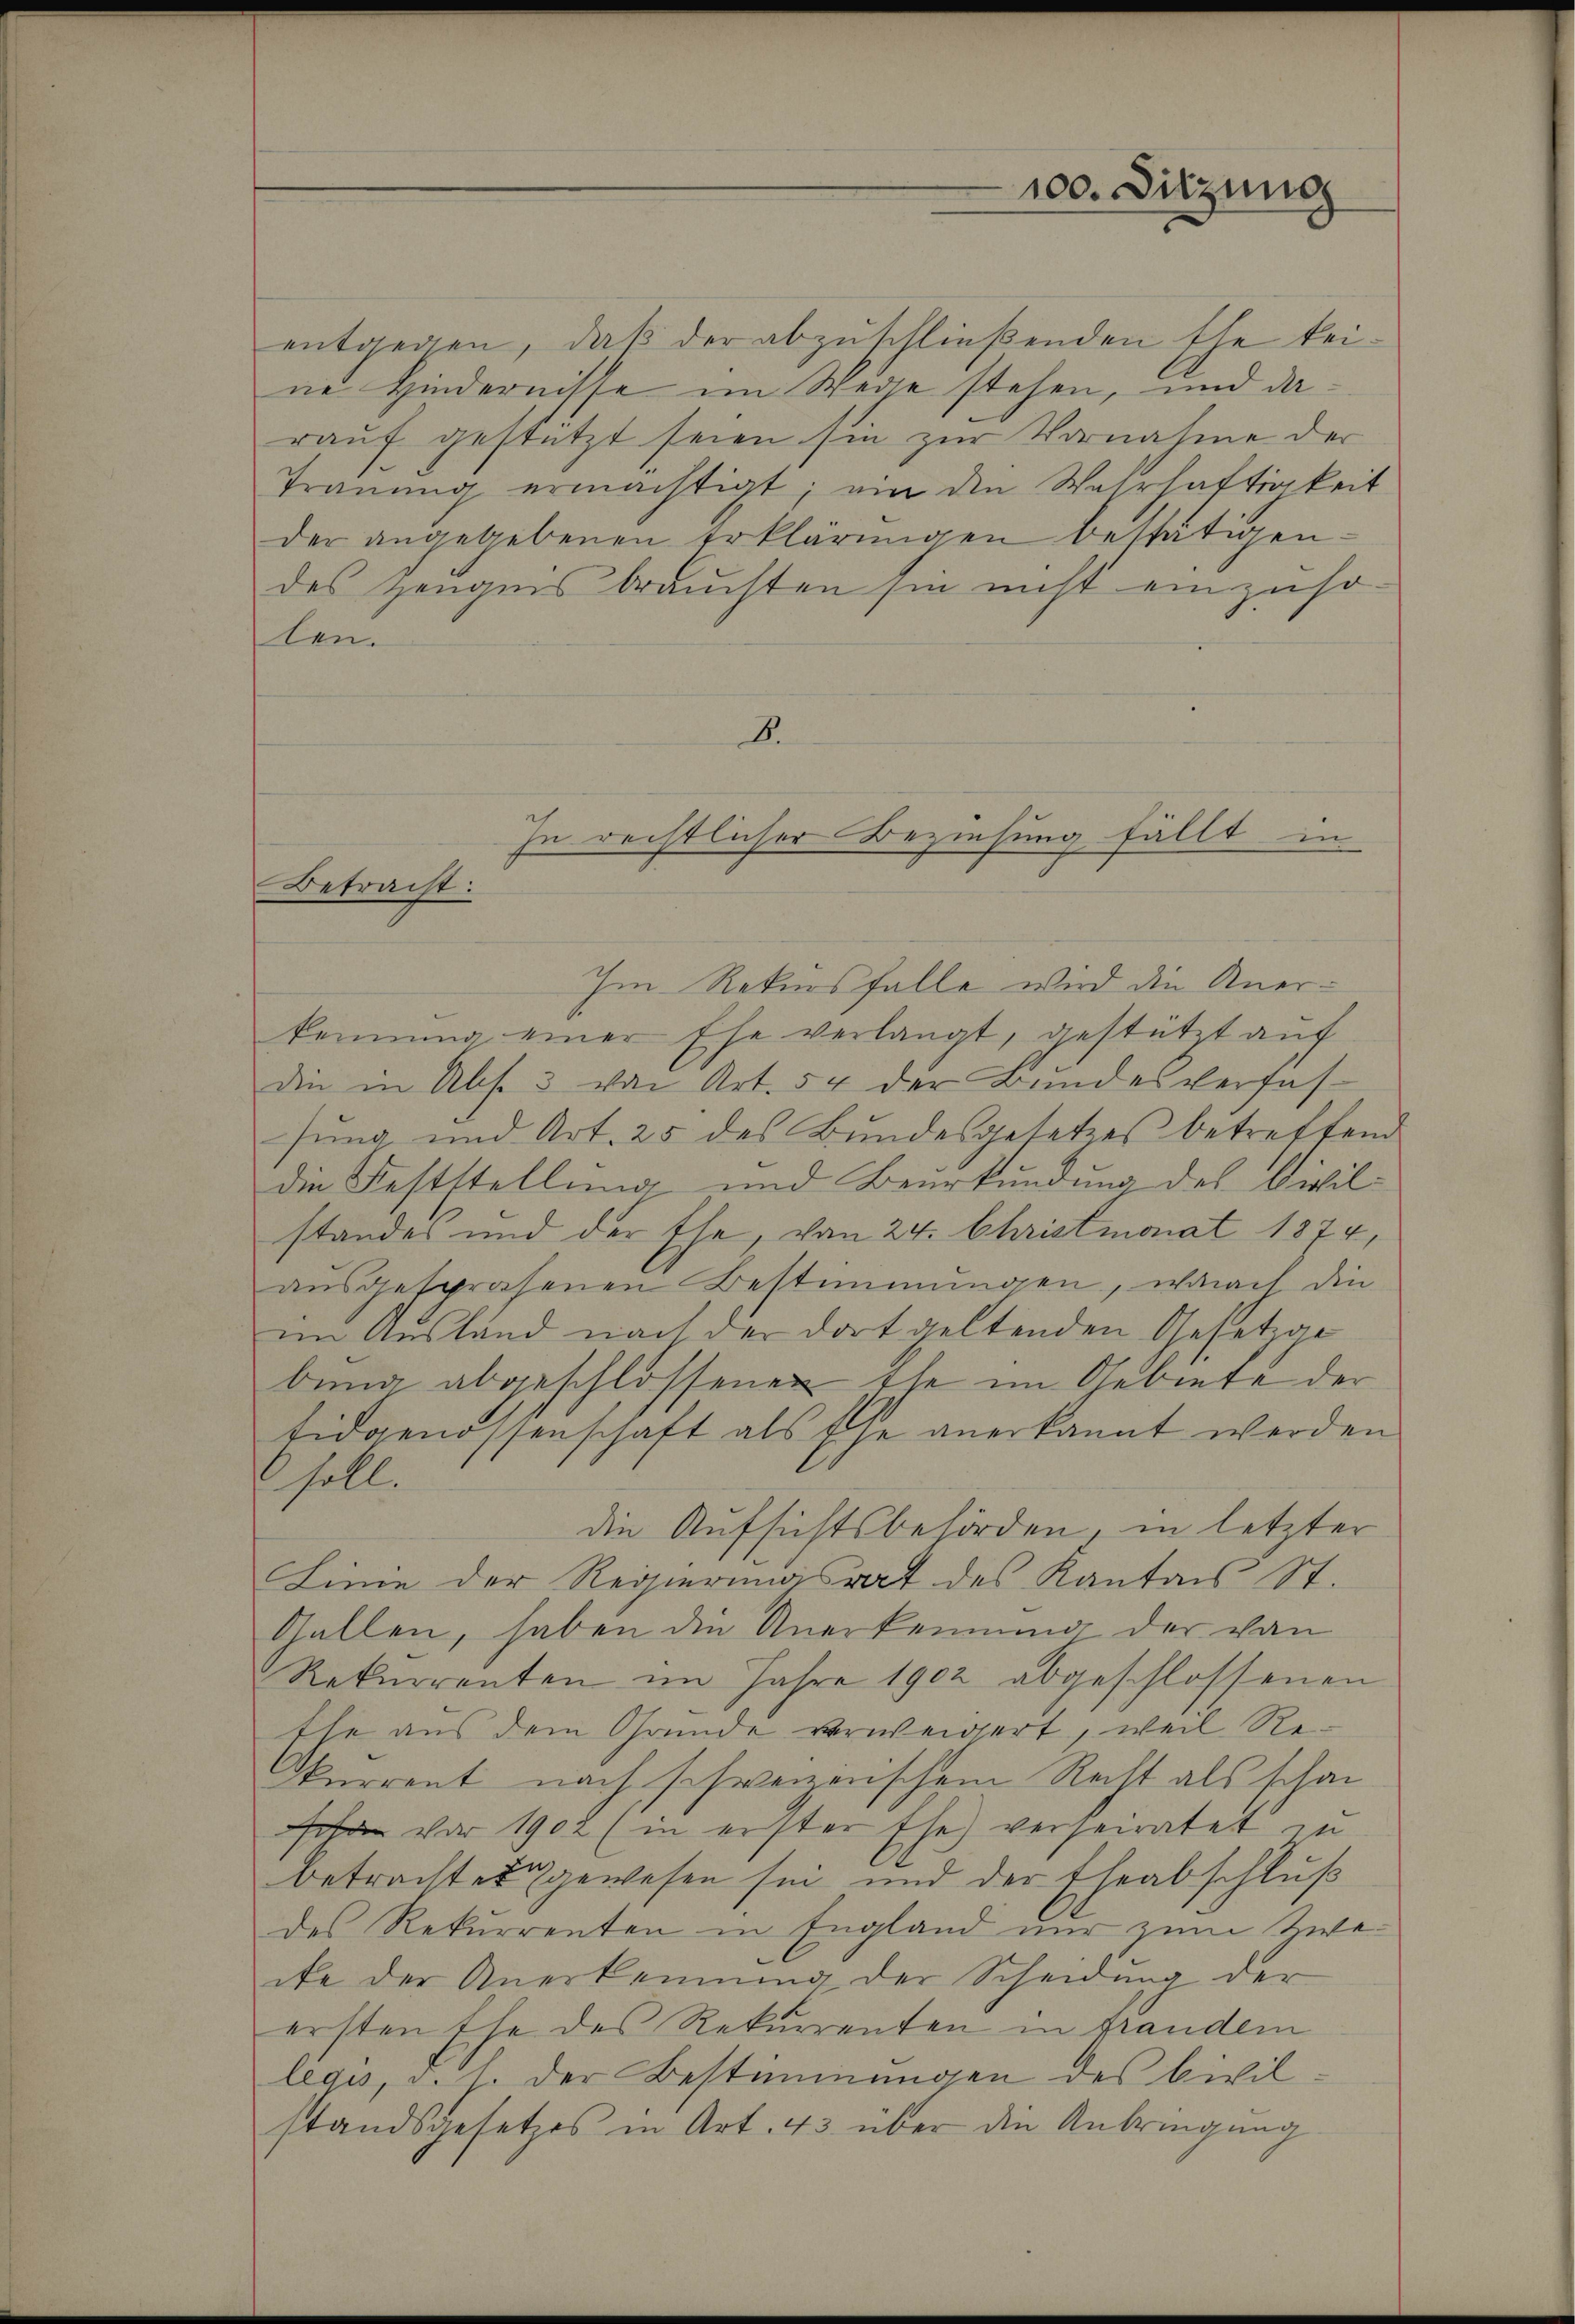
Betracht:

In rechtlicher Beziehung fällt in

100. Sitzung

entgegen, daß der abzuschließenden Ehe keine Hindernisse im Wege stehen, und darauf gestützt seien sie zur Vornahme der
Trauung ermächtigt; ein den Wahrhaftigkeit
der angegebenen Erklärungen bestätigen.
des Zeugens brauchten sie nicht einzuso-
len.
B.

Im Rekursfalle wird die Anerkennung einer Ehe verlangt, gestützt auf
die in Abs. 3 von Art. 54 der Bundesverfas-
sung und Art. 25 des Bundesgesetzes betreffend
die Feststellung und Beurkundung des Civilstandes und der Ehe, von 24. Christmonat 1874,
ausgesprochenen Bestimmungen, womit die
im Ausland nach der dort geltenden Gesetzge
bung abgeschlossenen Ehe im Gebiete der
Eidgenossenschaft als Ehe anerkannt werden
soll.
die Aufsichtsbehörden in letzter
Linie der Regierungsrat des Kantons St.
Gallen, haben die Anerkennung der von
Rekurrenten im Jahre 1902 abgeschlossenen
Ehe aus dem Grunde verweigert, weil Re¬
Okurrent nach schweizerischem Recht als schon
sa vor 1902 (in erster Ehe) verheiratet zu
betrachte gewesen sei und der Eheabschluß
des Rekurrenten in England nur zum Zwecke der Anerkennung der Scheidung der
ersten Ehe des Rekurrenten in frandem
legis, d. h. der Bestimmungen des Civilstandsgesetzes in Art. 43 über die Anbringung